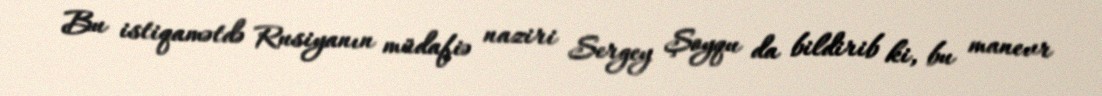
Bu istiqamətdə Rusiyanın müdafiə naziri Sergey Şoyqu da bildirib ki, bu manevr